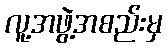
လူ့အဖွဲ့အစည်းမှ